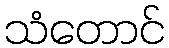
သံတောင်